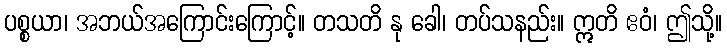
ပစ္စယာ၊ အဘယ်အကြောင်းကြောင့်။ တသတိ နု ခေါ၊ တပ်သနည်း။ ဣတိ ဧဝံ၊ ဤသို့။